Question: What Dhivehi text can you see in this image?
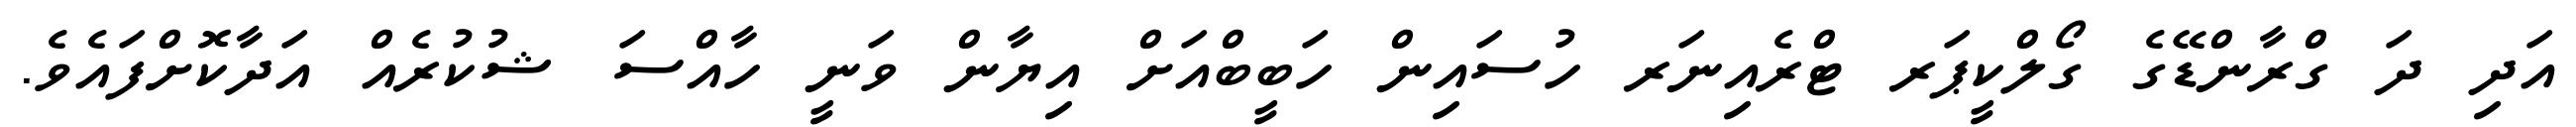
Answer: އަދި ދަ ގްރާންޑޭގެ ގޯލްކީޕަރ ޓްރެއިނަރ ހުސައިން ހަބީބްއަށް އިޔާން ވަނީ ހާއްސަ ޝުކުރެއް އަދާކޮށްފައެވެ.